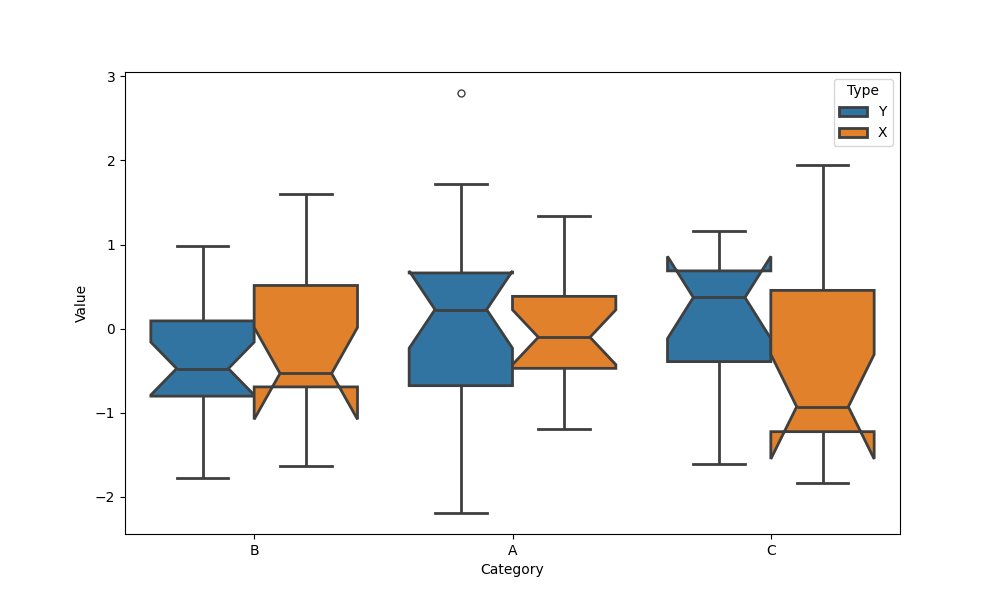
python, seaborn, boxplot, width=0.8, linewidth=2, fliersize=5, notch=True